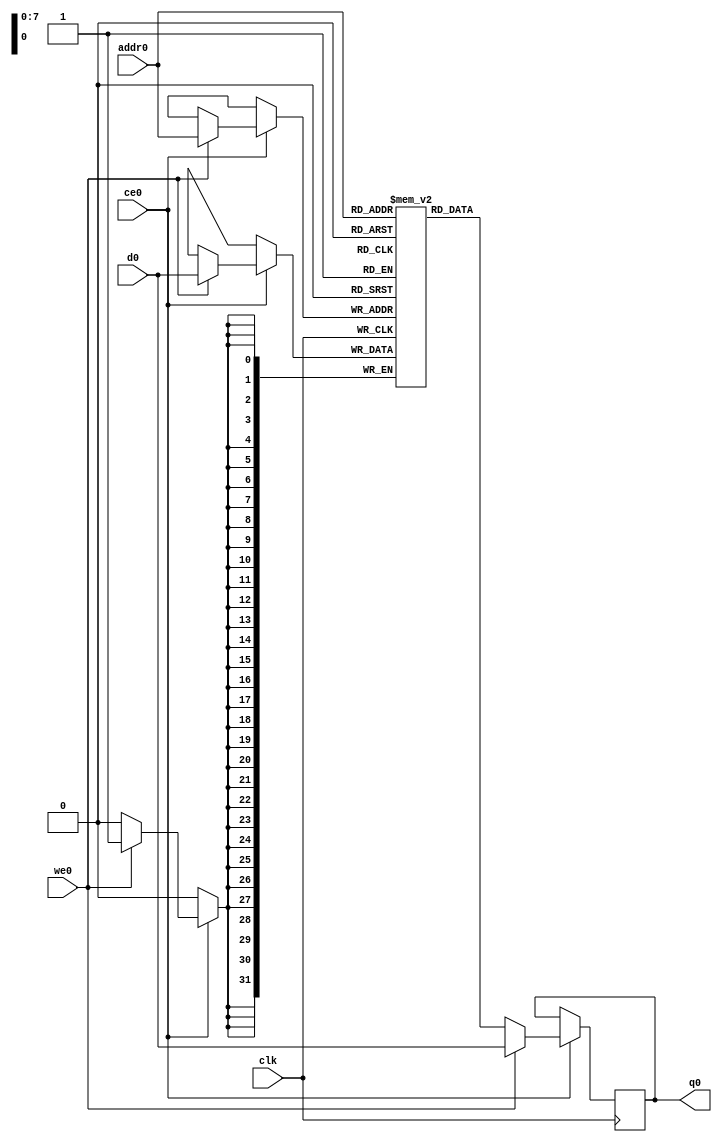
`timescale 1ns / 1ps
//////////////////////////////////////////////////////////////////////////////////
// Company: 
// Engineer: 
// 
// Design Name: 
// Module Name:    omp_X 
// Project Name: 
// Target Devices: 
// Tool versions: 
// Description: 
//
// Dependencies: 
//
// Revision: 
// Revision 0.01 - File Created
// Additional Comments: 
//
//////////////////////////////////////////////////////////////////////////////////

module omp_X (addr0, ce0, d0, we0, q0,clk);

parameter DWIDTH = 32;
parameter AWIDTH = 8;
parameter MEM_SIZE = 256;

input[AWIDTH-1:0] addr0;
input ce0;
input[DWIDTH-1:0] d0;
input we0;
output reg[DWIDTH-1:0] q0;
input clk;

(* ram_style = "block" *)reg [DWIDTH-1:0] ram[MEM_SIZE-1:0];




always @(posedge clk)  
begin 
    if (ce0) 
    begin
        if (we0) 
        begin 
            ram[addr0] <= d0; 
            q0 <= d0;
        end 
        else 
            q0 <= ram[addr0];
    end
end




endmodule